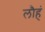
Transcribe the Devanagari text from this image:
लौहं